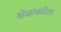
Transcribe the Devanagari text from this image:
खेळांकरिता